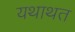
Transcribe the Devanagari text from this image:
यथाथत